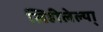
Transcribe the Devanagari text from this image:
लिहीलेल्या्